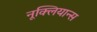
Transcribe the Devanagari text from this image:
नूक्लियान्स